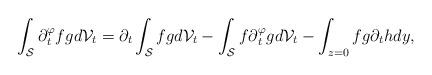
LaTeX: \begin{align*} \int_\mathcal{S}\partial{_t^\varphi}fgd\mathcal{V}_t=\partial_t\int_\mathcal{S}fgd\mathcal{V}_t-\int_\mathcal{S}f\partial{_t^\varphi}gd\mathcal{V}_t-\int_{z=0}fg\partial_thdy,\end{align*}